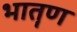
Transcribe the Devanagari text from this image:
भातॄण